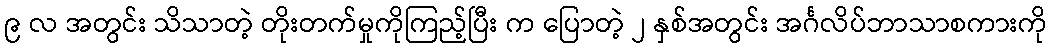
၉ လ အတွင်း သိသာတဲ့ တိုးတက်မှုကိုကြည့်ပြီး က ပြောတဲ့ ၂ နှစ်အတွင်း အင်္ဂလိပ်ဘာသာစကားကို